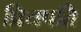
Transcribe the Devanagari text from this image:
प्रियपति